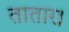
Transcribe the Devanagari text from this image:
तातार।